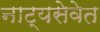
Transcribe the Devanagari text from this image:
नाट्यसेवेत